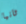
ثانيا